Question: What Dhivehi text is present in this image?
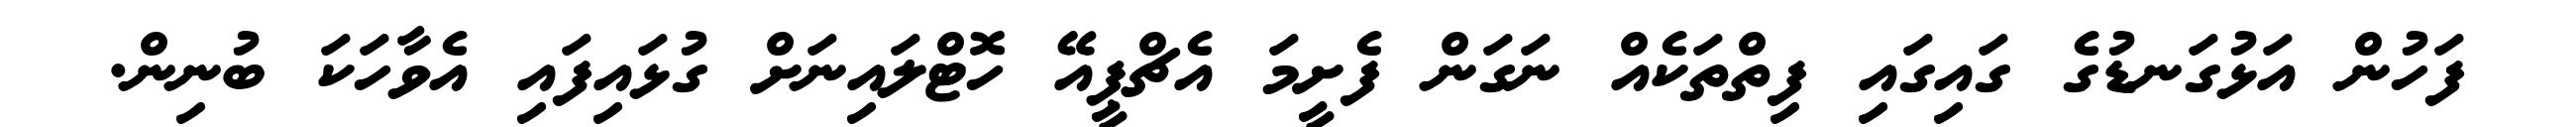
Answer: ފަހުން އަޅުގަނޑުގެ ގައިގައި ފިތްތަކެއް ނަގަން ފެށީމަ އެޗްޕީއޭ ހޮޓްލައިނަށް ގުޅައިފައި އެވާހަކަ ބުނިން.